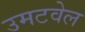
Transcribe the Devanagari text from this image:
उमटवेल